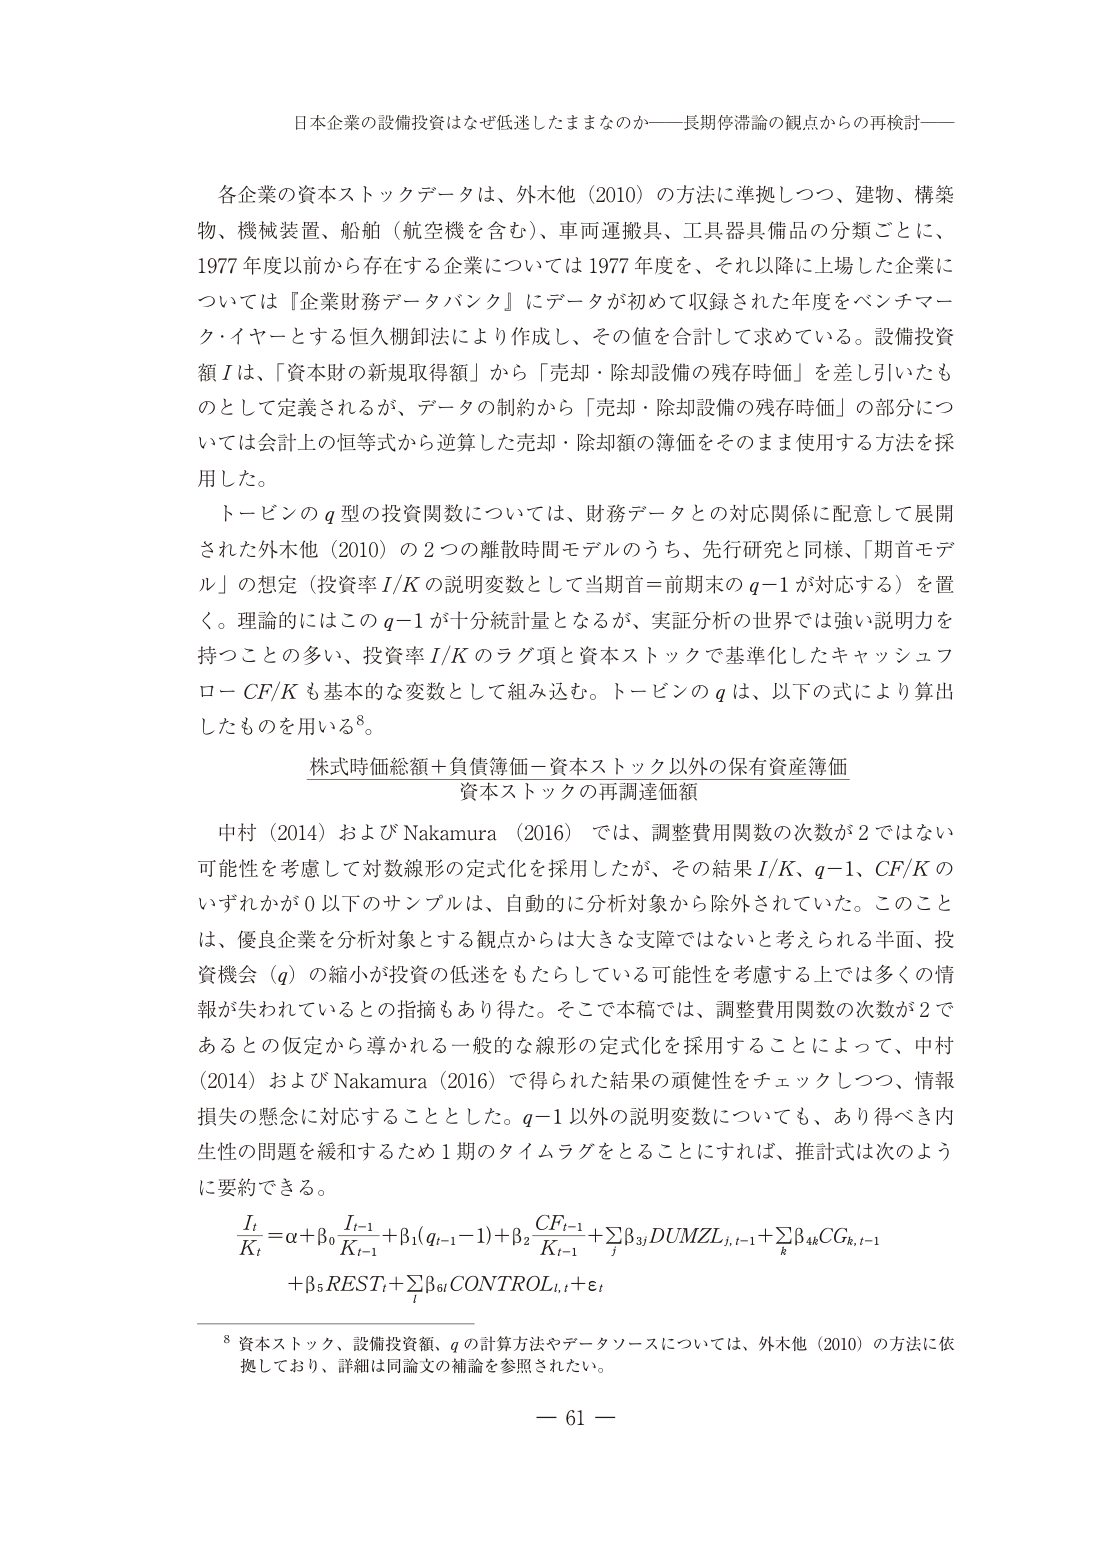
日本企業の設備投資はなぜ低迷したままなのか――長期停滞論の観点からの再検討――

各企業の資本ストックデータは、外木他（2010）の方法に準拠しつつ、建物、構築物、機械装置、船舶（航空機を含む）、車両運搬具、工具器具備品の分類ごとに、1977年度以前から存在する企業については1977年度を、それ以降に上場した企業については『企業財務データバンク』にデータが初めて収録された年度をベンチマーク・イヤーとする恒久棚卸法により作成し、その値を合計して求めている。設備投資額 I は、「資本財の新規取得額」から「売却・除却設備の残存時価」を差し引いたものとして定義されるが、データの制約から「売却・除却設備の残存時価」の部分については会計上の恒等式から逆算した売却・除却額の簿価をそのまま使用する方法を採用した。

トービンの q 型の投資関数については、財務データとの対応関係に配意して展開された外木他（2010）の2つの離散時間モデルのうち、先行研究と同様、「期首モデル」の想定（投資率 I/K の説明変数として当期首＝前期末の q−1 が対応する）を置く。理論的にはこの q−1 が十分統計量となるが、実証分析の世界では強い説明力を持つことの多い、投資率 I/K のラグ項と資本ストックで基準化したキャッシュフロー CF/K を基本的な変数として組み込む。トービンの q は、以下の式により算出したものを用いる⁸。

株式時価総額＋負債簿価－資本ストック以外の保有資産簿価
資本ストックの再調達価額

中村（2014）および Nakamura（2016）では、調整費用関数の次数が2ではない可能性を考慮して対数線形の定式化を採用したが、その結果 I/K、q−1、CF/K のいずれかが0以下のサンプルは、自動的に分析対象から除外されていた。このことは、優良企業を分析対象とする観点からは大きな支障ではないと考えられる半面、投資機会（q）の縮小が投資の低迷をもたらしている可能性を考慮する上では多くの情報が失われているとの指摘もあり得た。そこで本稿では、調整費用関数の次数が2であるとの仮定から導かれる一般的な線形の定式化を採用することによって、中村（2014）および Nakamura（2016）で得られた結果の頑健性をチェックしつつ、情報損失の懸念に対応することとした。q−1 以外の説明変数についても、あり得べき内生性の問題を緩和するため1期のタイムラグをとることにすれば、推定式は次のように要約できる。

I_t / K_t = α + β₀ (I_{t−1} / K_{t−1}) + β₁ (q_{t−1} − 1) + β₂ (CF_{t−1} / K_{t−1}) + Σ_j β_{3j} DUMZL_{j,t−1} + Σ_k β_{4k} CG_{k,t−1} + β₅ REST_t + Σ_l β_{6l} CONTROL_{l,t} + ε_t

⁸ 資本ストック、設備投資額、q の計算方法やデータソースについては、外木他（2010）の方法に依拠しており、詳細は同論文の補論を参照されたい。

— 61 —